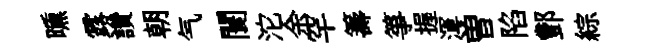
曛露讚朝气闤沱余罕籌箏握渾曽陷酆綜